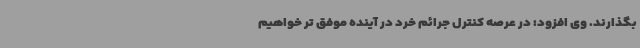
بگذارند. وی افزود: در عرصه کنترل جرائم خرد در آینده موفق تر خواهیم